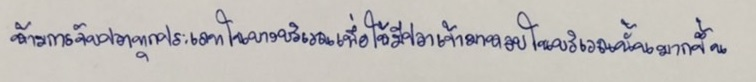
ห้ามการจับปลาทุกประเภทในบางบริเวณเพื่อให้มีปลาเข้ามาหลบในบริเวณนั้นมากขึ้น